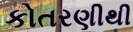
કોતરણીથી